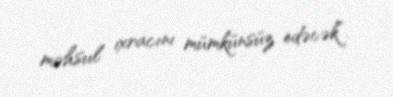
məhsul ixracını mümkünsüz edəcək”.